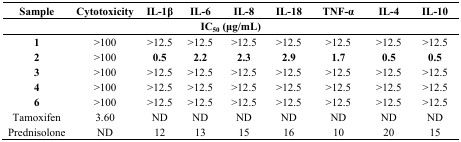
<table><thead><tr><td><b>Sample</b></td><td><b>Cytotoxicity</b></td><td><b>IL-1β</b></td><td><b>IL-6</b></td><td><b>IL-8</b></td><td><b>IL-18</b></td><td><b>TNF-α</b></td><td><b>IL-4</b></td><td><b>IL-10</b></td></tr><tr><td colspan="9"><b>IC<sub>50</sub> (μg/mL)</b></td></tr></thead><tbody><tr><td><b>1</b></td><td>&gt;100</td><td>&gt;12.5</td><td>&gt;12.5</td><td>&gt;12.5</td><td>&gt;12.5</td><td>&gt;12.5</td><td>&gt;12.5</td><td>&gt;12.5</td></tr><tr><td><b>2</b></td><td>&gt;100</td><td><b>0.5</b></td><td><b>2.2</b></td><td><b>2.3</b></td><td><b>2.9</b></td><td><b>1.7</b></td><td><b>0.5</b></td><td><b>0.5</b></td></tr><tr><td><b>3</b></td><td>&gt;100</td><td>&gt;12.5</td><td>&gt;12.5</td><td>&gt;12.5</td><td>&gt;12.5</td><td>&gt;12.5</td><td>&gt;12.5</td><td>&gt;12.5</td></tr><tr><td><b>4</b></td><td>&gt;100</td><td>&gt;12.5</td><td>&gt;12.5</td><td>&gt;12.5</td><td>&gt;12.5</td><td>&gt;12.5</td><td>&gt;12.5</td><td>&gt;12.5</td></tr><tr><td><b>6</b></td><td>&gt;100</td><td>&gt;12.5</td><td>&gt;12.5</td><td>&gt;12.5</td><td>&gt;12.5</td><td>&gt;12.5</td><td>&gt;12.5</td><td>&gt;12.5</td></tr><tr><td>Tamoxifen</td><td>3.60</td><td>ND</td><td>ND</td><td>ND</td><td>ND</td><td>ND</td><td>ND</td><td>ND</td></tr><tr><td>Prednisolone</td><td>ND</td><td>12</td><td>13</td><td>15</td><td>16</td><td>10</td><td>20</td><td>15</td></tr></tbody></table>